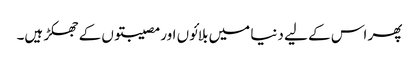
پھر اس کے لیے دنیا میں بلائوں اور مصیبتوں کے جھکڑ ہیں۔